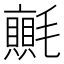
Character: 𭯬